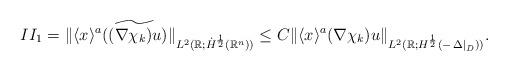
LaTeX: \begin{align*}II_1= \| \langle x\rangle^{a} (\widetilde{(\nabla \chi_k )u}) \|_{L^2(\mathbb R; \dot H^\frac12(\mathbb{R}^n))}\le C \| \langle x\rangle^{a}(\nabla \chi_k )u\|_{L^2(\mathbb R; H^\frac12(-\left. \Delta \right|_{\mathit{D}}))}.\end{align*}